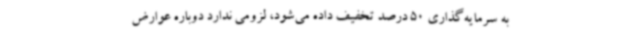
به سرمایه‌گذاری 50 درصد تخفیف داده می‌شود، لزومی ندارد دوباره عوارض